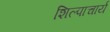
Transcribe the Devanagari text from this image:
शिल्पाचार्य